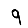
Digit: 9